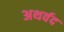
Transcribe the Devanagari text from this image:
अथर्वद